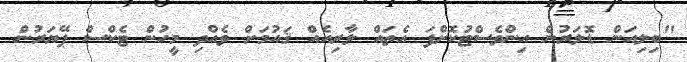
"ބިލިއަން ޑޮލަރުން އިންވެސްޓުކޮށްފަ އެތައް ލާރިއެއް ޤައުމަށް ވެއްދި މީހުން ޓެކްސް ޕޭޔަރުން